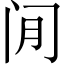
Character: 𫔮